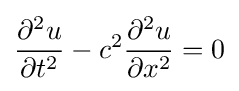
{\frac {\partial ^{2}u}{\partial t^{2}}}-c^{2}{\frac {\partial ^{2}u}{\partial x^{2}}}=0